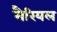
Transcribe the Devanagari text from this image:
मैरियल